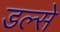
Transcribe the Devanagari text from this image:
डल्से